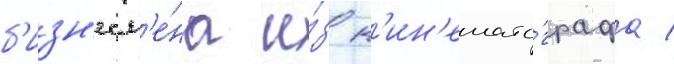
б'изн'есм'е́на и́з к'ин'емато́графа /